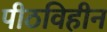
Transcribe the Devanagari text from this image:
पीठविहीन